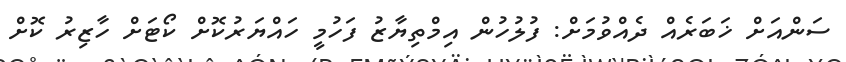
ސަންއަށް ޚަބަރެއް ދެއްވުމަށް: ފުލުހުން އިމްތިޔާޒު ފަހުމީ ހައްޔަރުކޮށް ކޯޓަށް ހާޒިރު ކޮށް